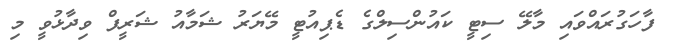
ފާހަގުރައްވައި މާލޭ ސިޓީ ކައުންސިލްގެ ޑެޕިއުޓީ މޭޔަރު ޝަމާއު ޝަރީފް ވިދާޅުވީ މި